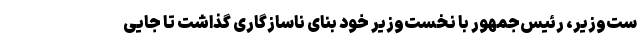
ست‌وزیر، رئیس‌جمهور با نخست‌وزیر خود بنای ناسازگاری گذاشت تا جایی